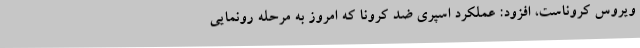
ویروس کروناست، افزود: عملکرد اسپری ضد کرونا که امروز به مرحله رونمایی